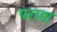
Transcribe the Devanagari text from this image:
पराडा